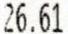
26.61